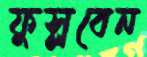
ফুস্‌লবেন